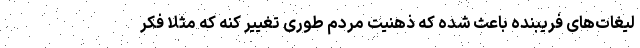
لیغات‌های فریبنده باعث شده که ذهنیت مردم طوری تغییر کنه که مثلا فکر